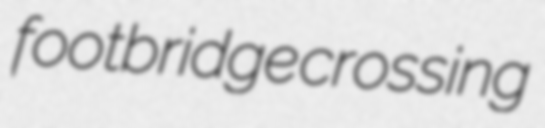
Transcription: footbridge crossing